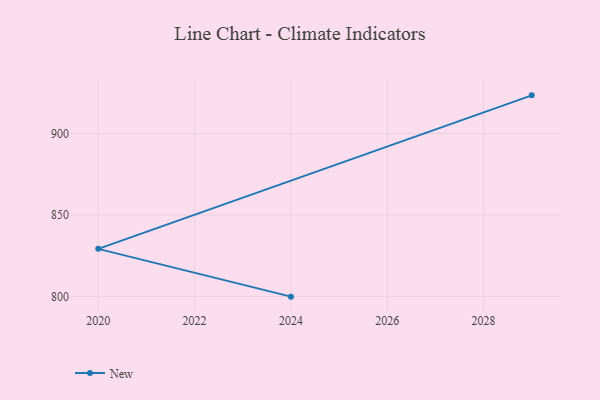
{"axis": {"x": "Year", "y": "Latency (ms)"}, "legend": ["New"], "data": [{"x": "2029", "y": 923.4, "type": "New"}, {"x": "2020", "y": 829.3, "type": "New"}, {"x": "2024", "y": 800, "type": "New"}]}